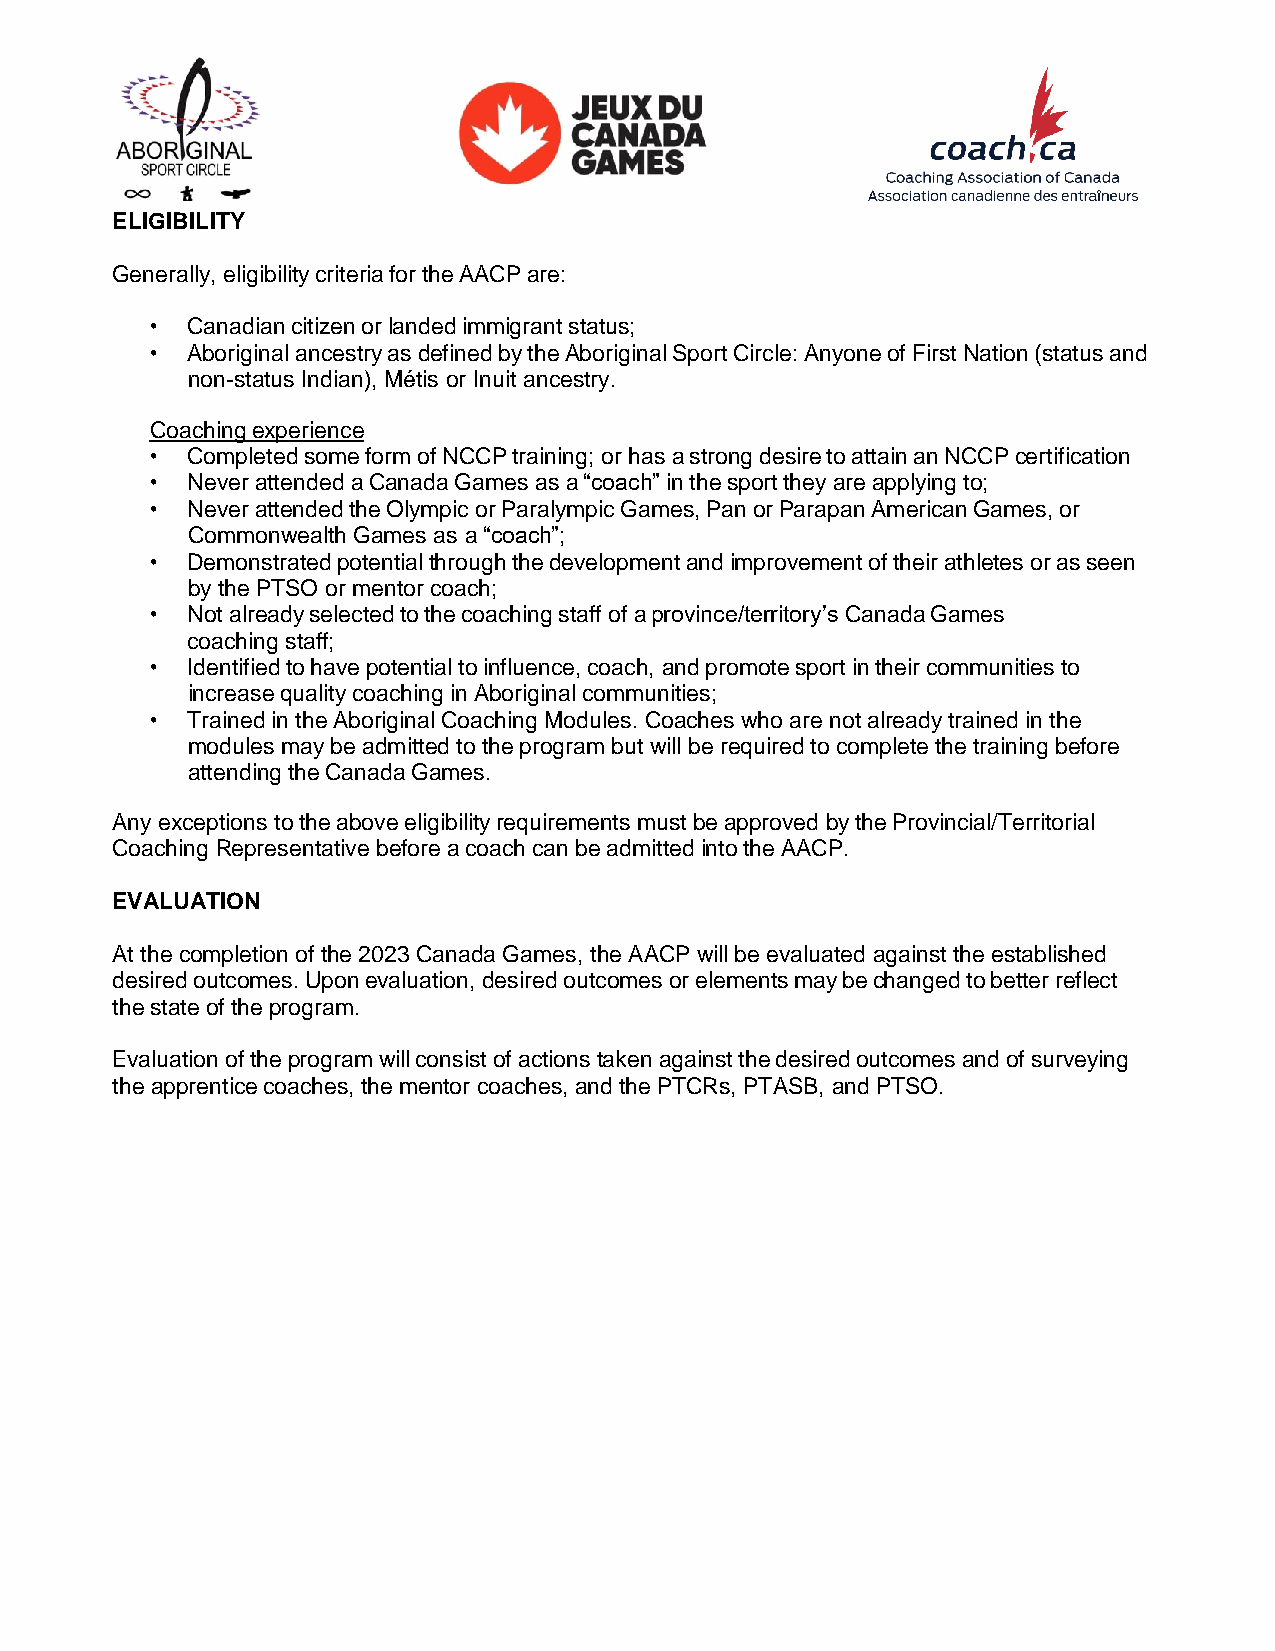
ELIGIBILITY
 Generally, eligibility criteria for the AACP are:
 • Canadian citizen or landed immigrant status;
 • Aboriginal ancestry as defined by the Aboriginal Sport Circle: Anyone of First Nation (status and
 non-status Indian), Métis or Inuit ancestry.
 Coaching experience
 • Completed some form of NCCP training; or has a strong desire to attain an NCCP certification
 • Never attended a Canada Games as a “coach” in the sport they are applying to;
 • Never attended the Olympic or Paralympic Games, Pan or Parapan American Games, or
 Commonwealth Games as a “coach”;
 • Demonstrated potential through the development and improvement of their athletes or as seen
 by the PTSO or mentor coach;
 • Not already selected to the coaching staff of a province/territory’s Canada Games
 coaching staff;
 • Identified to have potential to influence, coach, and promote sport in their communities to
 increase quality coaching in Aboriginal communities;
 • Trained in the Aboriginal Coaching Modules. Coaches who are not already trained in the
 modules may be admitted to the program but will be required to complete the training before
 attending the Canada Games.
 Any exceptions to the above eligibility requirements must be approved by the Provincial/Territorial
 Coaching Representative before a coach can be admitted into the AACP.
 EVALUATION
 At the completion of the 2023 Canada Games, the AACP will be evaluated against the established
 desired outcomes. Upon evaluation, desired outcomes or elements may be changed to better reflect
 the state of the program.
 Evaluation of the program will consist of actions taken against the desired outcomes and of surveying
 the apprentice coaches, the mentor coaches, and the PTCRs, PTASB, and PTSO.